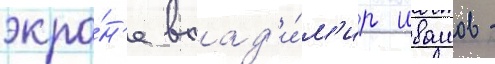
экра́н'е влад'и́м'ир ивашов -